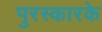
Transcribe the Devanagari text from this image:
पुरस्कारके